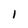
Character: 1